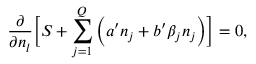
\frac { \partial } { \partial n _ { l } } \Big [ S + \sum _ { j = 1 } ^ { Q } \Big ( a ^ { \prime } n _ { j } + b ^ { \prime } \beta _ { j } n _ { j } \Big ) \Big ] = 0 ,